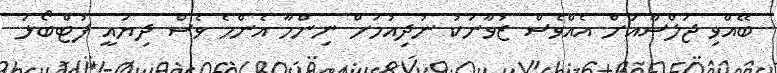
ބޭއްވި ޖަލްސާއަށް އެއްވެސް ޒުވާނަކު ނުދިއުމަށް ނިންމާ އެންމެ ވެސް ދިޔައީ ފުޓްބޯޅަ